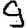
Digit: 9